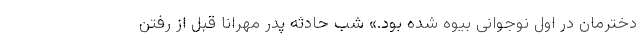
دخترمان در اول نوجوانی بیوه شده بود.» شب حادثه پدر مهرانا قبل از رفتن